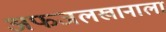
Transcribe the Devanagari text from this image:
अफजलखानाला